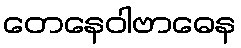
တေနေဝါဗာဓေန